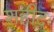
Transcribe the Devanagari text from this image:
शहीदः